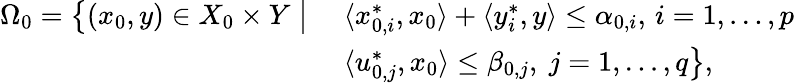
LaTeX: \begin{array}{r}{\begin{array}{ll}{\Omega_{0}=\big\{ (x_{0},y)\in X_{0}\times Y\; \big|\; }&{\langle x_{0,i}^{*},x_{0}\rangle+\langle y_{i}^{*},y\rangle\leq\alpha_{0,i},\, i=1,\ldots,p}\\ &{\langle u_{0,j}^{*},x_{0}\rangle\leq\beta_{0,j},\ j=1,\ldots,q\big\} ,}\end{array}}\end{array}